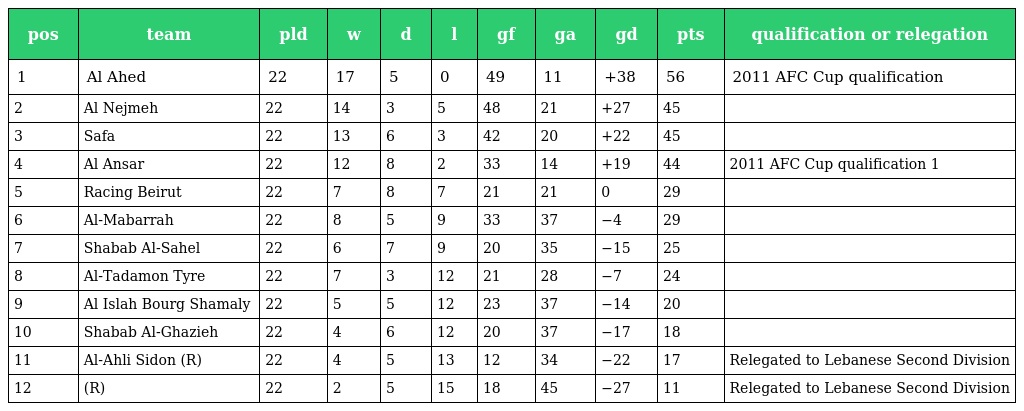
| pos | team | pld | w | d | l | gf | ga | gd | pts | qualification or relegation |
 | --- | --- | --- | --- | --- | --- | --- | --- | --- | --- | --- |
 | 1 | Al Ahed | 22 | 17 | 5 | 0 | 49 | 11 | +38 | 56 | 2011 AFC Cup qualification |
 | 2 | Al Nejmeh | 22 | 14 | 3 | 5 | 48 | 21 | +27 | 45 |  |
 | 3 | Safa | 22 | 13 | 6 | 3 | 42 | 20 | +22 | 45 |  |
 | 4 | Al Ansar | 22 | 12 | 8 | 2 | 33 | 14 | +19 | 44 | 2011 AFC Cup qualification 1 |
 | 5 | Racing Beirut | 22 | 7 | 8 | 7 | 21 | 21 | 0 | 29 |  |
 | 6 | Al-Mabarrah | 22 | 8 | 5 | 9 | 33 | 37 | −4 | 29 |  |
 | 7 | Shabab Al-Sahel | 22 | 6 | 7 | 9 | 20 | 35 | −15 | 25 |  |
 | 8 | Al-Tadamon Tyre | 22 | 7 | 3 | 12 | 21 | 28 | −7 | 24 |  |
 | 9 | Al Islah Bourg Shamaly | 22 | 5 | 5 | 12 | 23 | 37 | −14 | 20 |  |
 | 10 | Shabab Al-Ghazieh | 22 | 4 | 6 | 12 | 20 | 37 | −17 | 18 |  |
 | 11 | Al-Ahli Sidon (R) | 22 | 4 | 5 | 13 | 12 | 34 | −22 | 17 | Relegated to Lebanese Second Division |
 | 12 | (R) | 22 | 2 | 5 | 15 | 18 | 45 | −27 | 11 | Relegated to Lebanese Second Division |